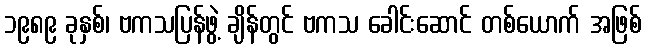
၁၉၈၉ ခုနှစ်၊ ဗကသပြန်ဖွဲ့ ချိန်တွင် ဗကသ ခေါင်းဆောင် တစ်ယောက် အဖြစ်